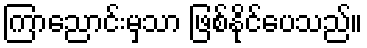
ကြာညောင်းမှသာ ဖြစ်နိုင်ပေသည်။